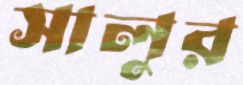
সালুর